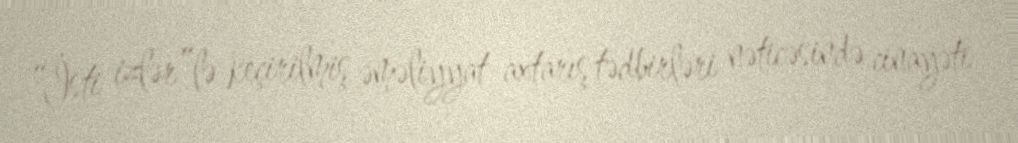
“İsti izlər”lə keçirilmiş əməliyyat-axtarış tədbirləri nəticəsində cinayəti